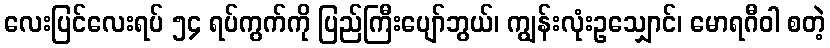
လေးပြင်လေးရပ် ၅၄ ရပ်ကွက်ကို ပြည်ကြီးပျော်ဘွယ်၊ ကျွန်းလုံးဥသျှောင်၊ မောရဂီဝါ စတဲ့